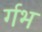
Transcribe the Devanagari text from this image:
र्गभ